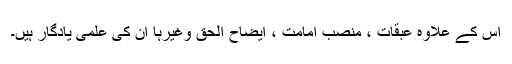
اس کے علاوہ عبقات ، منصب امامت ، ایضاح الحق وغیرہا ان کی علمی یادگار ہیں۔